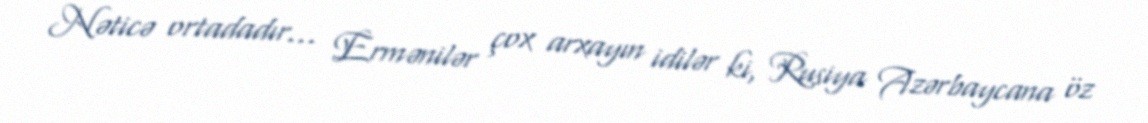
Nəticə ortadadır... Ermənilər çox arxayın idilər ki, Rusiya Azərbaycana öz